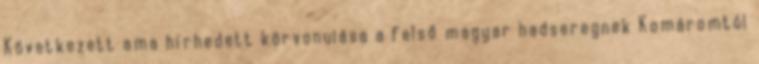
Következett ama hírhedett körvonulása a felső magyar hadseregnek Komáromtól